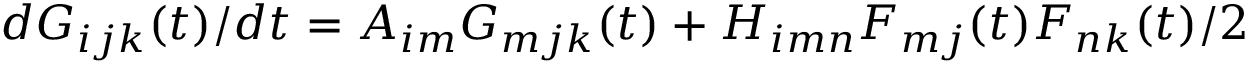
d G _ { i j k } ( t ) / d t = A _ { i m } G _ { m j k } ( t ) + H _ { i m n } F _ { m j } ( t ) F _ { n k } ( t ) / 2